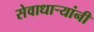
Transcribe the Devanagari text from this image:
सेवाधार्‍यांनी